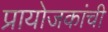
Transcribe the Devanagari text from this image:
प्रायोजकांची